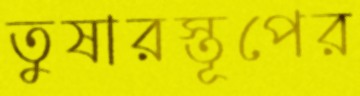
তুষারস্তূপের